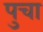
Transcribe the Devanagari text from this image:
पुचा